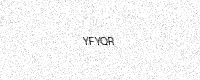
Text: YFYQR